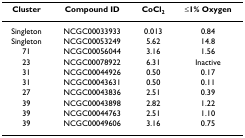
<table><thead><tr><td><b>Cluster</b></td><td><b>Compound ID</b></td><td><b>CoCl<sub>2</sub></b></td><td><b>≤1% Oxygen</b></td></tr></thead><tbody><tr><td>Singleton</td><td>NCGC00033933</td><td>0.013</td><td>0.84</td></tr><tr><td>Singleton</td><td>NCGC00053249</td><td>5.62</td><td>14.8</td></tr><tr><td>71</td><td>NCGC00056044</td><td>3.16</td><td>1.56</td></tr><tr><td>23</td><td>NCGC00078922</td><td>6.31</td><td>Inactive</td></tr><tr><td>31</td><td>NCGC00044926</td><td>0.50</td><td>0.17</td></tr><tr><td>31</td><td>NCGC00043631</td><td>0.50</td><td>0.11</td></tr><tr><td>27</td><td>NCGC00043836</td><td>2.51</td><td>0.39</td></tr><tr><td>39</td><td>NCGC00043898</td><td>2.82</td><td>1.22</td></tr><tr><td>39</td><td>NCGC00044763</td><td>2.51</td><td>1.10</td></tr><tr><td>39</td><td>NCGC00049606</td><td>3.16</td><td>0.75</td></tr></tbody></table>